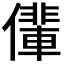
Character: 𠐡